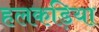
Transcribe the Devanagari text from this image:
हलकड़िया